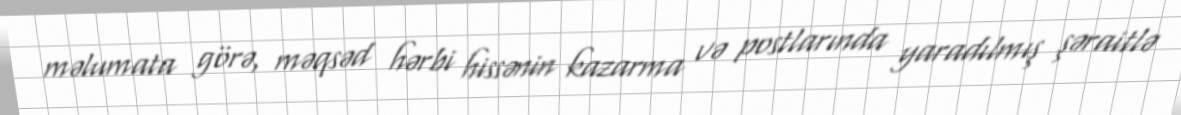
məlumata görə, məqsəd hərbi hissənin kazarma və postlarında yaradılmış şəraitlə